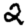
Digit: 2